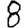
Digit: 8